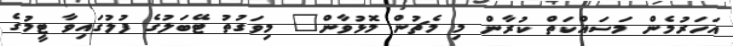
އަހަރުމެން މަސައްކަތް ކުރާން މި މެޗުން މޮޅުވާން" މިވަގުތު ޓޭބަލުގެ ފުލުގައިވާ ޓީމުގެ